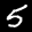
Label: 5